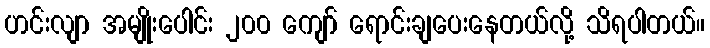
ဟင်းလျာ အမျိုးပေါင်း ၂၀၀ ကျော် ရောင်းချပေးနေတယ်လို့ သိရပါတယ်။